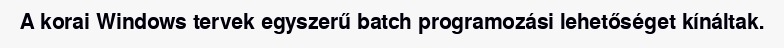
A korai Windows tervek egyszerű batch programozási lehetőséget kínáltak.